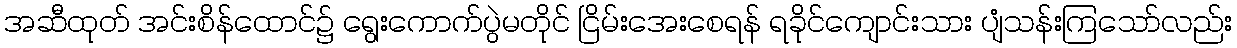
အဆီထုတ် အင်းစိန်ထောင်၌ ရွေးကောက်ပွဲမတိုင် ငြိမ်းအေးစေရန် ရခိုင်ကျောင်းသား ပျံသန်းကြသော်လည်း